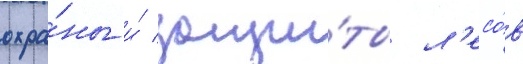
охра́ны и́ защи́ты л'есо́в